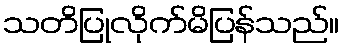
သတိပြုလိုက်မိပြန်သည်။